Vaccination in the Punjab 1867-1880 - 1867-1880
Year: 1867
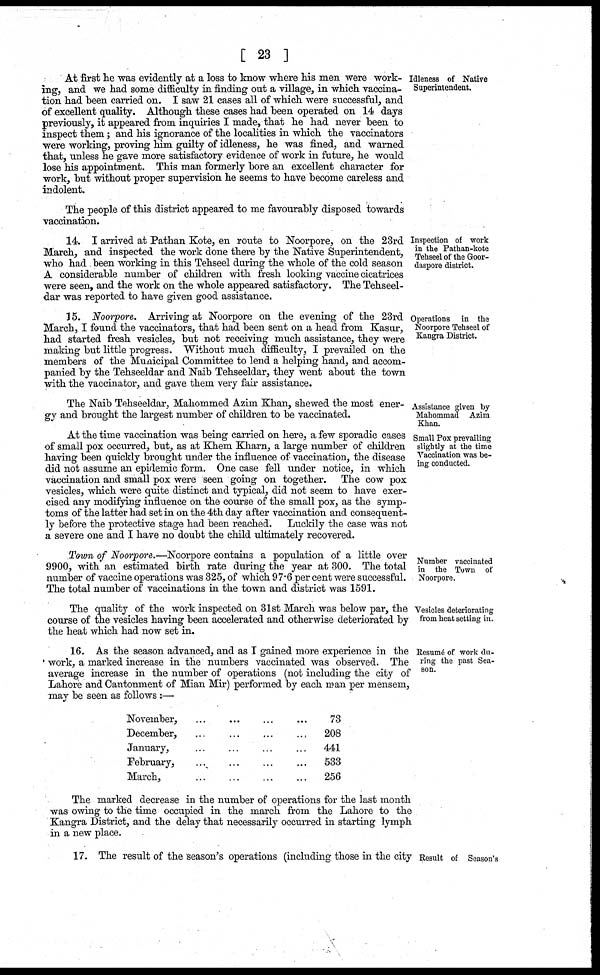
[ 23 ]
Idleness of Native
Superintendent.
At first he was evidently at a loss to know where his men were work-
ing, and we had some difficulty in finding out a village, in which vaccina-
tion had been carried on. I saw 21 cases all of which were successful, and
of excellent quality. Although these cases had been operated on 14 days
previously, it appeared from inquiries I made, that he had never been to
inspect them; and his ignorance of the localities in which the vaccinators
were working, proving him guilty of idleness, he was fined, and warned
that, unless he gave more satisfactory evidence of work in future, he would
lose his appointment. This man formerly bore an excellent character for
work, but without proper supervision he seems to have become careless and
indolent.
The people of this district appeared to me favourably disposed towards
vaccination.
Inspection of work
in the Pathan-kote
Tehseel of the Goor-
daspore district.
14. I arrived at Pathan Kote, en route to Noorpore, on the 23rd
March, and inspected the work done there by the Native Superintendent,
who had been working in this Tehseel during the whole of the cold season
A considerable number of children with fresh looking vaccine cicatrices
were seen, and the work on the whole appeared satisfactory. The Tehseel-
dar was reported to have given good assistance.
Operations in the
Noorpore Tehseel of
Kangra District.
15. Noorpore. Arriving at Noorpore on the evening of the 23rd
March, I found the vaccinators, that had been sent on a head from Kasur,
had started fresh vesicles, but not receiving much assistance, they were
making but little progress. Without much difficulty, I prevailed on the
members of the Municipal Committee to lend a helping hand, and accom-
panied by the Tehseeldar and Naib Tehseeldar, they went about the town
with the vaccinator, and gave them very fair assistance.
Assistance given by
Mahommad Azim
Khan.
The Naib Tehseeldar, Mahommed Azim Khan, shewed the most ener-
gy and brought the largest number of children to be vaccinated.
Small Pox prevailing
slightly at the time
Vaccination was be-
ing conducted.
At the time vaccination was being carried on here, a few sporadic cases
of small pox occurred, but, as at Khem Kharn, a large number of children
having been quickly brought under the influence of vaccination, the disease
did not assume an epidemic form. One case fell under notice, in which
vaccination and small pox were seen going on together. The cow pox
vesicles, which were quite distinct and typical, did not seem to have exer-
cised any modifying influence on the course of the small pox, as the symp-
toms of the latter had set in on the 4th day after vaccination and consequent-
ly before the protective stage had been reached.
Luckily the case was not
a severe one and I have no doubt the child ultimately recovered.
Number vaccinated
in the Town of
Noorpore.
Town of Noorpore.—Noorpore contains a population of a little over
9900, with an estimated birth rate during the year at 300. The total
number of vaccine operations was 325, of which 97.6 per cent were successful.
The total number of vaccinations in the town and district was 1591.
Vesicles deteriorating
from heat setting in.
The quality of the work inspected on 31st March was below par, the
course of the vesicles having been accelerated and otherwise deteriorated by
the heat which had now set in.
Resumé of work du-
ring the past Sea-
son.
16. As the season advanced, and as I gained more experience in the
work, a marked increase in the numbers vaccinated was observed. The
average increase in the number of operations (not including the city of
Lahore and Cantonment of Mian Mir) performed by each man per mensem,
may be seen as follows :—
November,
December,
January,
February,
March,
...
...
...
...
...
...
...
...
...
...
...
...
...
...
...
...
...
...
...
...
73
208
441
533
256
The marked decrease in the number of operations for the last month
was owing to the time occupied in the march from the Lahore to the
Kangra District, and the delay that necessarily occurred in starting lymph
in a new place.
Result of Season's
17. The result of the season's operations (including those in the city